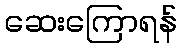
ဆေးကြောရန်